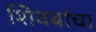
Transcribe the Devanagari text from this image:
शिवबांचा